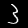
Label: 3